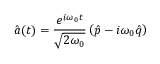
\hat { a } ( t ) = \frac { { e } ^ { i \omega _ { 0 } t } } { \sqrt { 2 \omega _ { 0 } } } \left( \hat { p } - i \omega _ { 0 } \hat { q } \right)